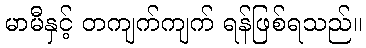
မာမီနှင့် တကျက်ကျက် ရန်ဖြစ်ရသည်။